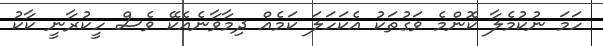
ހަމަ ނުކުމެލާ ކޮންމެ ވަގުތަކު އެކަހަލަ ކަމެއް ދިމާވާނެއެކޭ ވެސް ހީކުރާނީ ކާކު